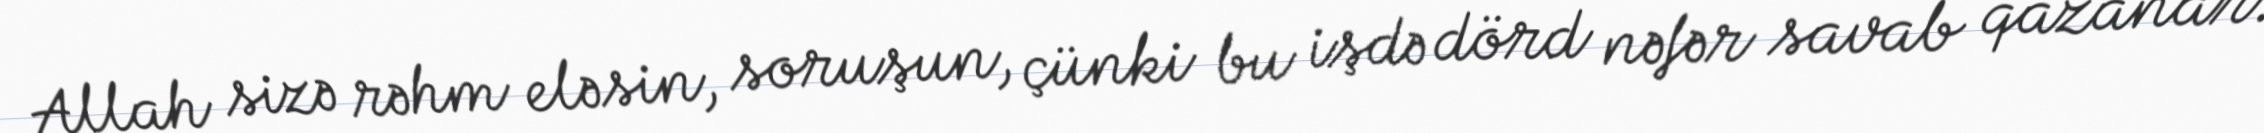
Allah sizə rəhm eləsin, soruşun, çünki bu işdə dörd nəfər savab qazanar: